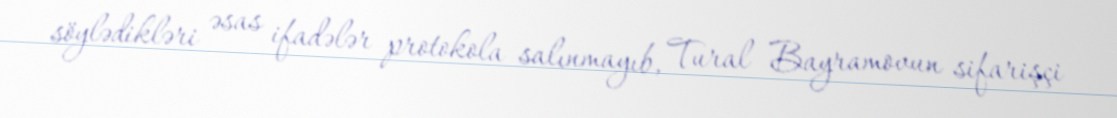
söylədikləri əsas ifadələr protokola salınmayıb, Tural Bayramovun sifarişçi